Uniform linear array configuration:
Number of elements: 12
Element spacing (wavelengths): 0.25
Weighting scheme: binomial
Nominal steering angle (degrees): -60
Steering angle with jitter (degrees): -60.707
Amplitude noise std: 0.05
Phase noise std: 0.05

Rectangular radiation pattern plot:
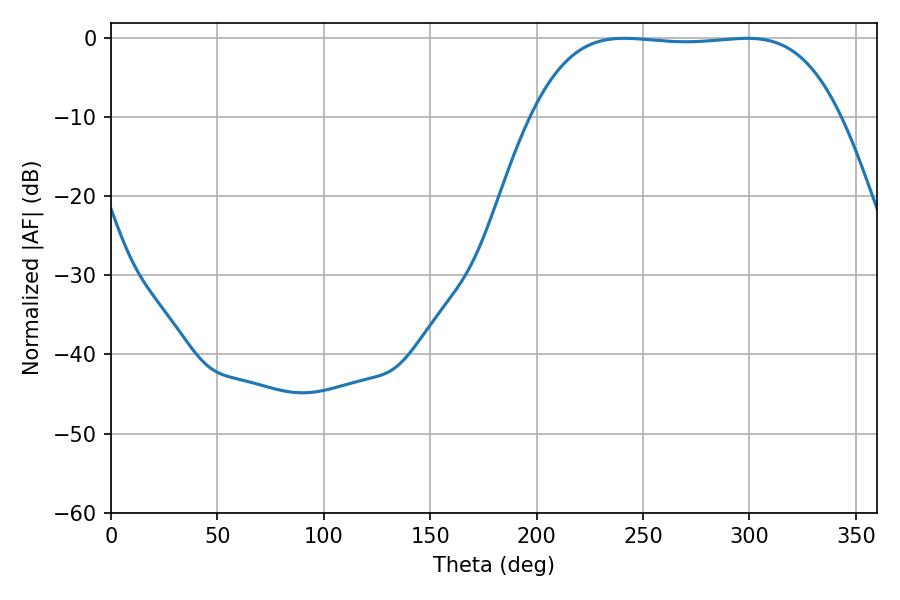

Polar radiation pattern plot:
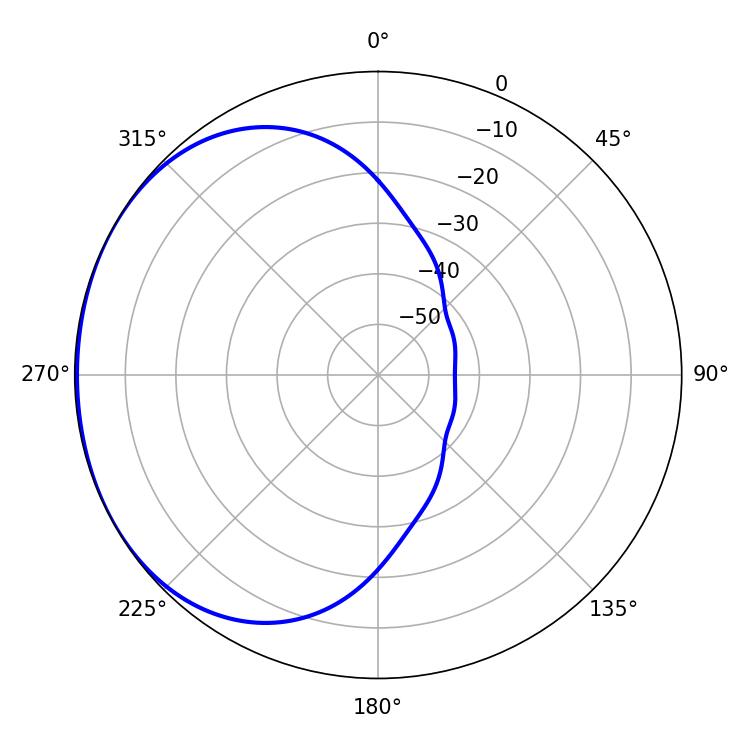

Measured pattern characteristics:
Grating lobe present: FALSE
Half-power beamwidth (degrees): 112.68
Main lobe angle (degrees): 241.2